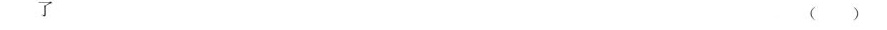
了 ( )